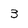
Character: 3